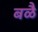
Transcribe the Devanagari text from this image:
बळै